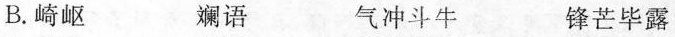
B.崎岖 斓语 气冲斗牛 锋芒毕露